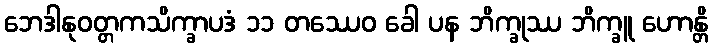
ဘေဒါနုဝတ္တကသိက္ခာပဒံ ၁၁ တဿေဝ ခေါ ပန ဘိက္ခုဿ ဘိက္ခူ ဟောန္တိ